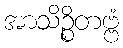
အာသိဉ္စိတဗ္ဗံ